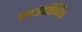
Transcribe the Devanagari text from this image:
माउटस्मिथ